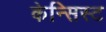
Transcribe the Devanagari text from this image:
केन्सिस्ट